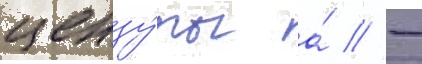
цензу́ры а́ // -